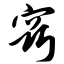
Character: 窍